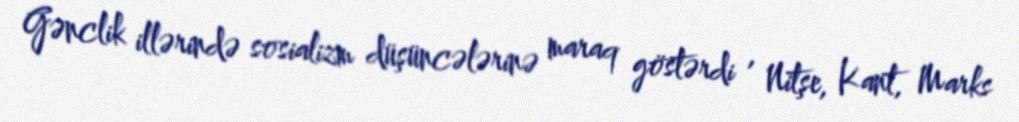
Gənclik illərində sosializm düşüncələrinə maraq göstərdi , Nitşe, Kant, Marks